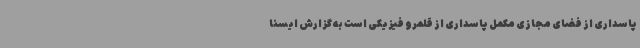
پاسداری از فضای مجازی مکمل پاسداری از قلمرو فیزیکی است به گزارش ایسنا